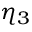
\eta _ { 3 }